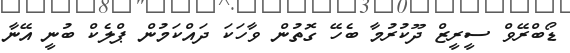
ޑޯބްރޭވް ސީރީޒް ދޫކުރުމާ ބެހޭ ގޮތުން ވާހަކަ ދައްކަމުން ޕްލެކް ބުނީ އޭނާ